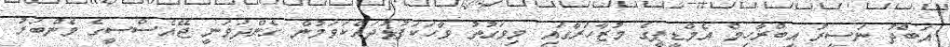
އަބްދު ނަސީރު އިބްރާހިމް އެމްޑީޕީގެ މުޒާހަރާގައި މިވަގުތު ވާހަކަފުޅުދައްކަވަމުން ގެންދަވަނީ ޖޭއެސްސީގެ މެންބަރު